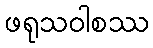
ဖရုသဝါစဿ